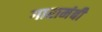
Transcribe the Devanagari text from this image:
गारामंबी